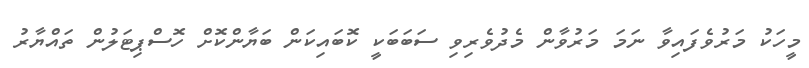
މީހަކު މަރުވެފައިވާ ނަމަ މަރުވާން މެދުވެރިވި ސަބަބަކީ ކޮބައިކަން ބަޔާންކޮށް ހޮސްޕިޓަލުން ތައްޔާރު